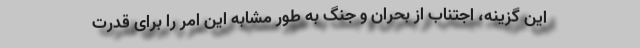
این گزینه، اجتناب از بحران و جنگ به طور مشابه این امر را برای قدرت